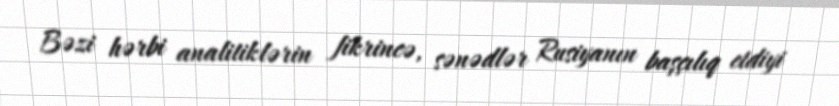
Bəzi hərbi analitiklərin fikrincə, sənədlər Rusiyanın başçılıq etdiyi